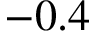
- 0 . 4